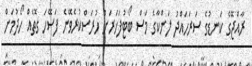
ރާއްޖޭގެ ކަނޑުގެ ސަރަހައްދު ލަންކާގެ މަސް ބޯޓުފަހަރަށް ހުރަސްކުރެވޭނެ ފަސޭހަ ގޮތެއް ހޯދުމަށް